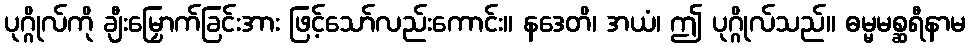
ပုဂ္ဂိုလ်ကို ချီးမြှောက်ခြင်းအား ဖြင့်သော်လည်းကောင်း။ နဒေတိ၊ အယံ၊ ဤ ပုဂ္ဂိုလ်သည်။ ဓမ္မမစ္ဆရီနာမ